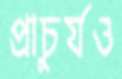
প্রাচুর্যও